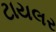
ટાયલર